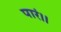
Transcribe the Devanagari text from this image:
पारं।।